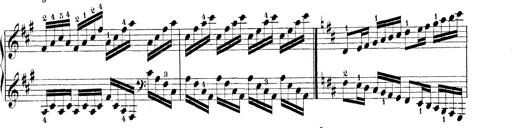
Title: Technische Studien
Composer: Franz Liszt